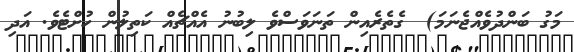
މަގު ބަންދުވެއްޖެނަމަ)  ގެތެރެއިން ތަނަވަސްވެ ލިބުނު އެއްޗެއް ކަތިލުން ހުށްޓެވެ. އަދި